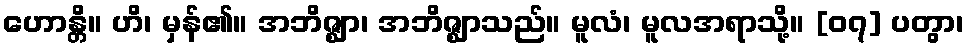
ဟောန္တိ။ ဟိ၊ မှန်၏။ အဘိဇ္ဈာ၊ အဘိဇ္ဈာသည်။ မူလံ၊ မူလအရာသို့။ [၀၇] ပတွာ၊